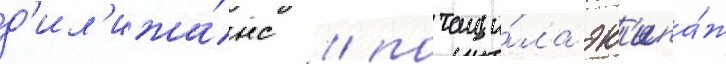
д'ил'ижа́нс / потащи́ла эк'ипа́ж